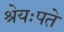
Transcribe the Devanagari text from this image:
श्रेयःपते